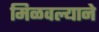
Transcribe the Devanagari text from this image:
मिळवल्याने